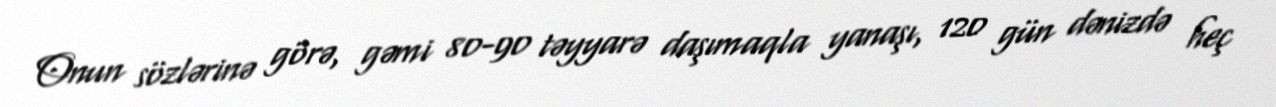
Onun sözlərinə görə, gəmi 80-90 təyyarə daşımaqla yanaşı, 120 gün dənizdə heç